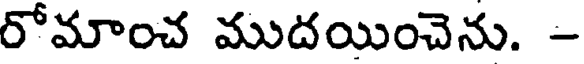
రోమాంచ ముదయించెను. -